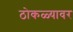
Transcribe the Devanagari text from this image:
ठोकळ्यावर